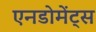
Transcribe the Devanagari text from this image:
एनडोमेंट्स